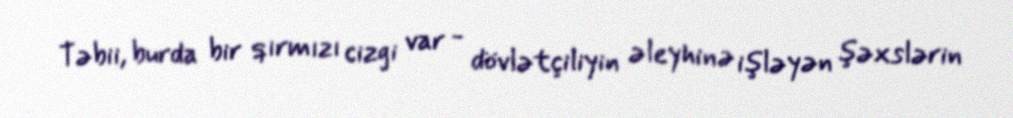
Təbii, burda bir qırmızı cizgi var - dövlətçiliyin əleyhinə işləyən şəxslərin